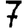
Digit: 7